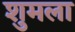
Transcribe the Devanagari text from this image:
शुमला